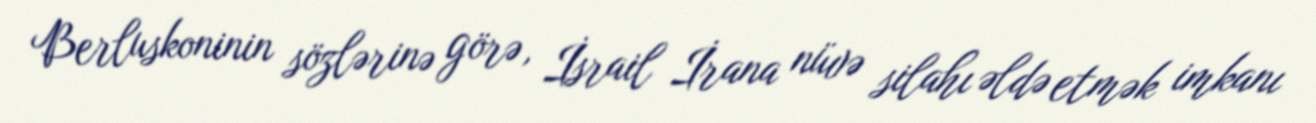
Berluskoninin sözlərinə görə, İsrail İrana nüvə silahı əldə etmək imkanı